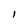
Character: I